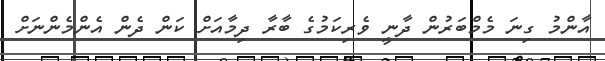
އާންމު ގިނަ މެމްބަރުން ދާނީ ވެރިކަމުގެ ބާރާ ދިމާއަށް ކަން ދެން އެންމެންނަށް